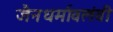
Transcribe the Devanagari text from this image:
जैनधर्मावलंवी